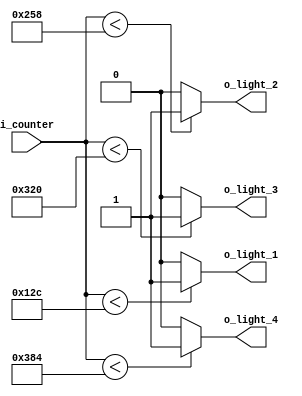
`timescale 1ns / 1ps

module comperator(
    input [9:0] i_counter,
    output o_light_1, o_light_2, o_light_3, o_light_4 
    );

    assign o_light_1= (i_counter <300) ? 1'b1 : 1'b0; // i_counter 300  
    assign o_light_2= (i_counter <600) ? 1'b1 : 1'b0;
    assign o_light_3= (i_counter <800) ? 1'b1 : 1'b0;
    assign o_light_4= (i_counter <900) ? 1'b1 : 1'b0;

endmodule